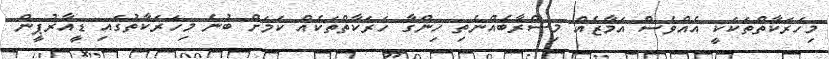
މިހަރަކާތްތަކަކީ އެއްވެސް އަމާޒެއް މިސްރާބެއްނެތި ހިންގާ ހަރަކާތްތަކެއް ކަމަށް ބުނެ މިހަރަކާތުގައި ޑީއާރުޕީން